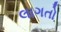
લાગતો